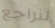
لنراجع